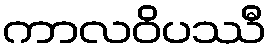
ကာလဝိပဿီ